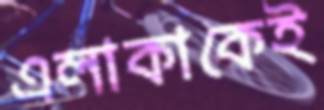
এলাকাকেই